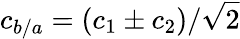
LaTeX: c_{b/a}=(c_{1}\pm c_{2})/\sqrt{2}